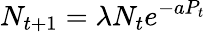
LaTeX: N_{t+1}=\lambda N_{t}e^{-aP_{t}}